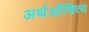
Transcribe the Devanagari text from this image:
अर्थऔचित्य